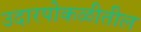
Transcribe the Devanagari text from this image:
उदारपोकळीतील